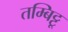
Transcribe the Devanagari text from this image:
तम्बिट्टू